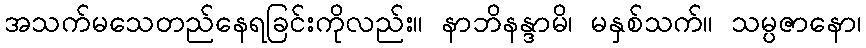
အသက်မသေတည်နေရခြင်းကိုလည်း။ နာဘိနန္ဒာမိ၊ မနှစ်သက်။ သမ္ပဇာနော၊